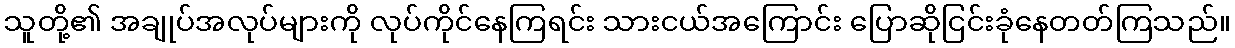
သူတို့၏ အချုပ်အလုပ်များကို လုပ်ကိုင်နေကြရင်း သားငယ်အကြောင်း ပြောဆိုငြင်းခုံနေတတ်ကြသည်။